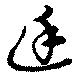
廷